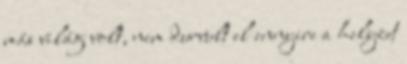
más világ volt, nem durvult el ennyire a helyzet